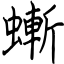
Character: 螹